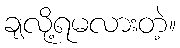
ချလို့ရမလားတဲ့။